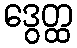
ဒွေတ္ထ